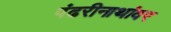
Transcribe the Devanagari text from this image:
पंढरीनाथांवर